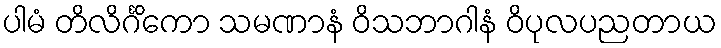
ပါမံ တိလိင်္ဂိကော သမဏာနံ ဝိသဘာဂါနံ ဝိပုလပညတာယ